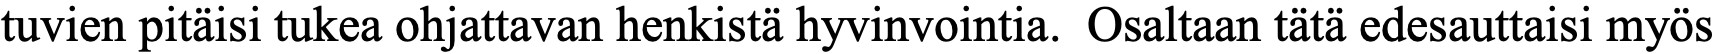
tuvien pitäisi tukea ohjattavan henkistä hyvinvointia. Osaltaan tätä edesauttaisi myös